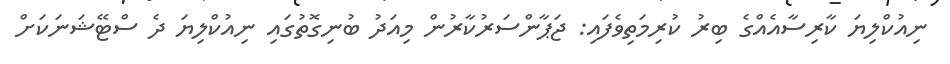
ނިއުކްލިޔަ ކާރިސާއެއްގެ ބިރު ކުރިމަތިވެފައި: ޖަޕާންސަރުކާރުން މިއަދު ބުނިގޮތުގައި ނިއުކްލިޔަ ދެ ސްޓޭޝަނަކަށް